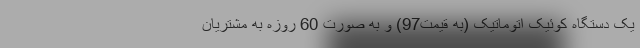
یک دستگاه کوئیک اتوماتیک (به قیمت97) و به صورت 60 روزه به مشتریان